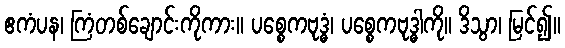
ဧကံပန၊ ကြံတစ်ချောင်းကိုကား။ ပစ္စေကဗုဒ္ဓံ၊ ပစ္စေကဗုဒ္ဓါကို။ ဒိသွာ၊ မြင်၍။